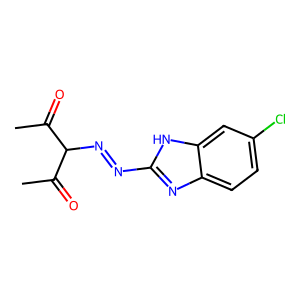
SMILES: CC(=O)C(N=Nc1nc2ccc(Cl)cc2[nH]1)C(C)=O
Inhibits HIV replication: No